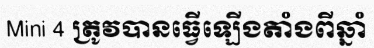
Mini 4 ត្រូវបានធ្វើឡើងតាំងពីឆ្នាំ